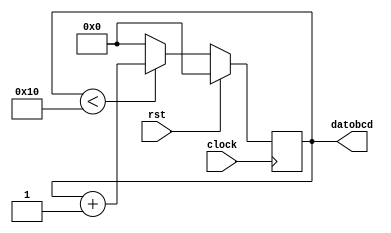
`timescale 1ns / 1ps
//////////////////////////////////////////////////////////////////////////////////
// Company: 
// Engineer: 
// 
// Design Name: 
// Module Name:    contador_hexa 
// Project Name: 
// Target Devices: 
// Tool versions: 
// Description: 
//
// Dependencies: 
//
// Revision: 
// Revision 0.01 - File Created
// Additional Comments: 
//
//////////////////////////////////////////////////////////////////////////////////
module contador_hexa(
	input clock,rst,
	output reg [3:0] datobcd
	);
	 
always @(negedge clock)
	begin
		if(rst==1)
			datobcd=0;
		else
			begin
				if(datobcd<16)
					datobcd=datobcd+1;
				else
					datobcd=0;
			end
	end



endmodule